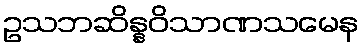
ဥသဘဆိန္နဝိသာဏသမေန